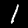
Label: 1